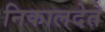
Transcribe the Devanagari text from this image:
निकालदेते